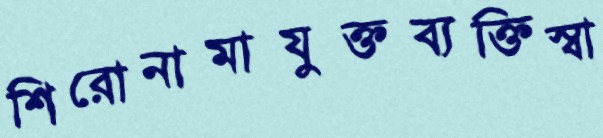
শিরোনামাযুক্তব্যক্তিস্বা